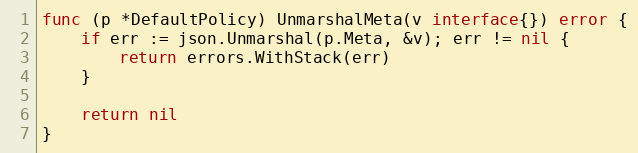
Language: Go
func (p *DefaultPolicy) UnmarshalMeta(v interface{}) error {
	if err := json.Unmarshal(p.Meta, &v); err != nil {
		return errors.WithStack(err)
	}

	return nil
}